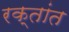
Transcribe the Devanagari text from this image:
रक्तांत